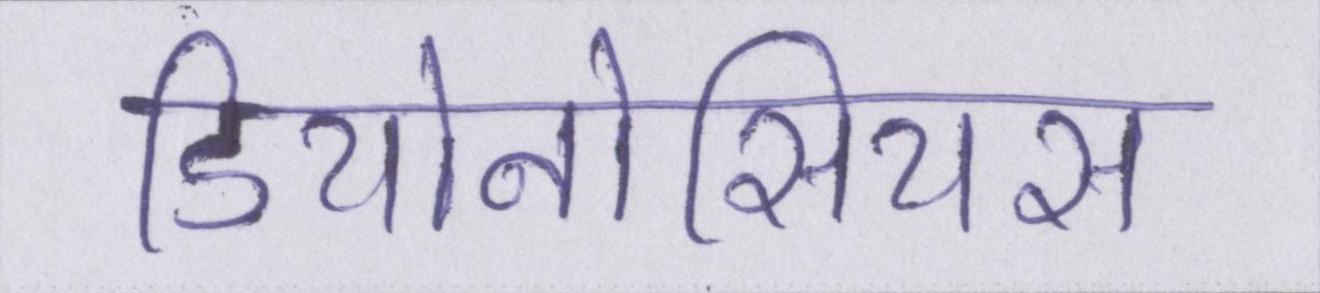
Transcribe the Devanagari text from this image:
डियोनोसियस